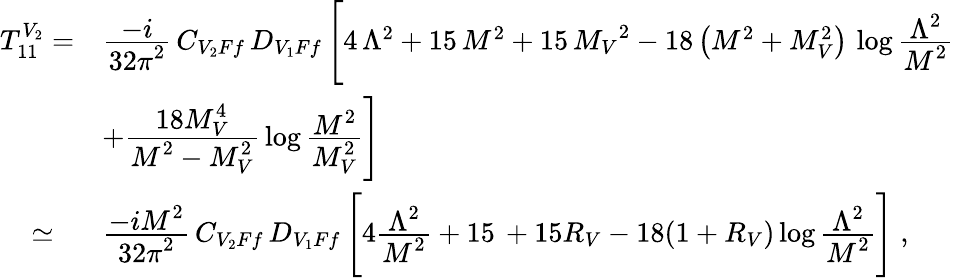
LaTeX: \begin{array}{ll}{{T_{11}^{V_{2}}=}}&{{\frac{\displaystyle-i}{\displaystyle 32\pi^{2}}\, C_{V_{2}Ff}\, D_{V_{1}Ff}\, \Biggl[4\, {{\Lambda}^{2}}+15\, {M^{2}}+15\, {{M_{V}}^{2}}-18\left(M^{2}+M_{V}^{2}\right)\, \log\frac{\displaystyle\Lambda^{2}}{\displaystyle M^{2}}}}\\ {{}}&{{+\frac{\displaystyle 18M_{V}^{4}}{\displaystyle M^{2}-M_{V}^{2}}\, \log\frac{\displaystyle M^{2}}{\displaystyle M_{V}^{2}}\Biggr]}}\\ {{\; \; \; \; \simeq}}&{{\frac{\displaystyle-iM^{2}}{\displaystyle 32\pi^{2}}\, C_{V_{2}Ff}\, D_{V_{1}Ff}\, \Biggl[4\frac{\displaystyle\Lambda^{2}}{\displaystyle M^{2}}+15\, +15R_{V}-18(1+R_{V})\log\frac{\displaystyle\Lambda^{2}}{\displaystyle M^{2}}\Biggr]\; ,}}\end{array}